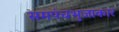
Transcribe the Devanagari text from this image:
समपंचभुजाकार